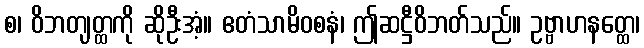
စ၊ ဝိဘတျတ္ထကို ဆိုဦးအံ့။ ဧတံသာမိဝစနံ၊ ဤဆဋ္ဌီဝိဘတ်သည်။ ဥဗ္ဗာဟနတ္ထေ၊